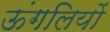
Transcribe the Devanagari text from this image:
ऊंगलियों